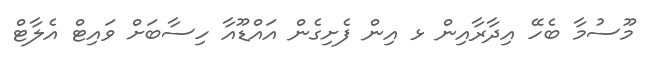
މޫސުމާ ބެހޭ އިދާރާއިން ޅ އިން ފެށިގެން އައްޑޫއާ ހިސާބަށް ވައިޓް އެލާޓް